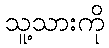
သူ့သားကို